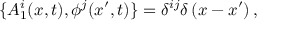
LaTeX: \{ A _ { 1 } ^ { i } ( x , t ) , \phi ^ { j } ( x ^ { \prime } , t ) \} = \delta ^ { i j } \delta \left( x - x ^ { \prime } \right) ,